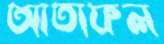
আতাফল